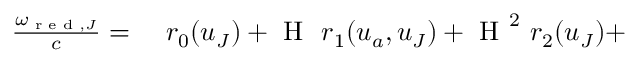
\begin{array} { r l } { \frac { \omega _ { \textup { r e d } , J } } { c } = } & { { } \ r _ { 0 } ( \boldsymbol { u } _ { J } ) + \textup { H } \ r _ { 1 } ( \boldsymbol { u } _ { a } , \boldsymbol { u } _ { J } ) + \textup { H } ^ { 2 } \ r _ { 2 } ( \boldsymbol { u } _ { J } ) + } \end{array}